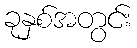
ခုနှစ်အတွင်း